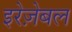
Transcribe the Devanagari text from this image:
इरेज़ेबल